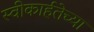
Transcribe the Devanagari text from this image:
स्वीकार्हतेच्या